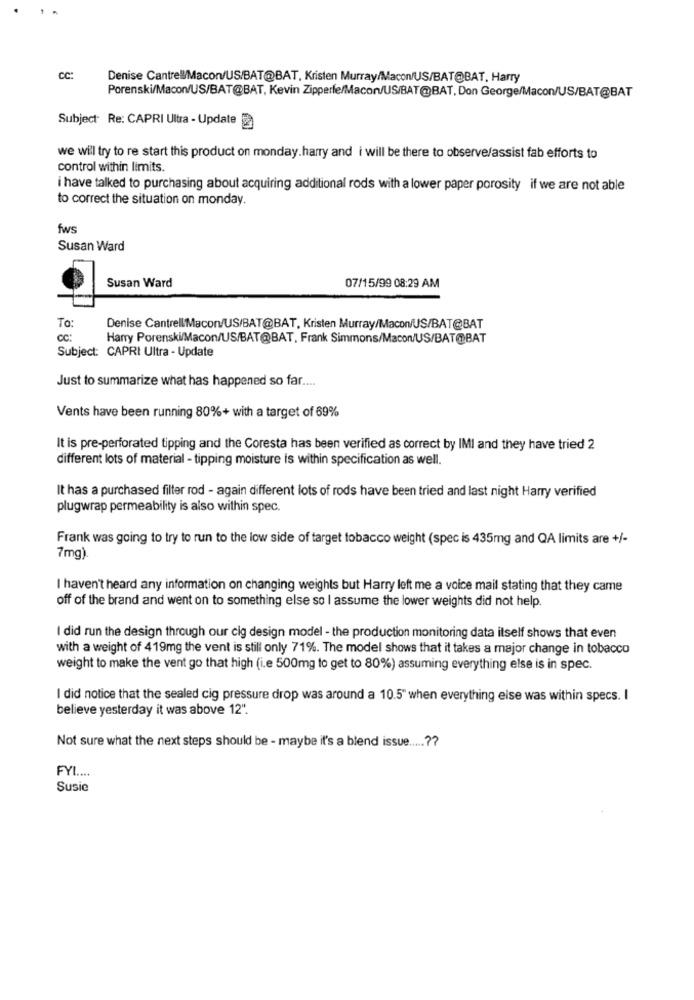
cc:
Denise CantrellMacon/US/BAT@BAT, Kristen Murray/Macon/US/BAT@BAT, Harry
Porenski/Macon/US/BAT@BAT, Kevin Zipperfe/Macon/US/BAT@BAT, Don George/Macon/US/BAT@BAT
Subject: Re: CAPRI Ultra - Update
we will try to re start this product on monday.harry and i will be there to observe/assist fab efforts to
control within limits.
i have talked to purchasing about acquiring additional rods with a lower paper porosity if we are not able
to correct the situation on monday.
fws
Susan Ward
Susan Ward
07/15/99 08:29 AM
To:
Denise CantrellMacon/US/BAT@BAT, Kristen Murray/Macon/US/BAT@BAT
cc:
Harry Porenski/Macon/US/BAT@BAT, Frank Simmons/Macon/US/BAT@BAT
Subject: CAPRI Ultra - Update
Just to summarize what has happened so far ....
Vents have been running 80%+ with a target of 69%
It is pre-perforated tipping and the Coresta has been verified as correct by IMI and they have tried 2
different lots of material - tipping moisture is within specification as well.
It has a purchased filter rod - again different lots of rods have been tried and last night Harry verified
plugwrap permeability is also within spec.
Frank was going to try to run to the low side of target tobacco weight (spec is 435mg and QA limits are +/-
7mg)
I haven't heard any information on changing weights but Harry left me a voice mail stating that they came
off of the brand and went on to something else so I assume the lower weights did not help.
I did run the design through our cig design model - the production monitoring data itself shows that even
with a weight of 419mg the vent is still only 71%. The model shows that it takes a major change in tobacco
weight to make the vent go that high (i.e 500mg to get to 80%) assuming everything else is in spec.
I did notice that the sealed cig pressure drop was around a 10.5" when everything else was within specs. I
believe yesterday it was above 12".
Not sure what the next steps should be - maybe it's a blend issue .....??
FYL ....
Susie